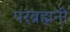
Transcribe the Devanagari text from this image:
परब्रह्मनी